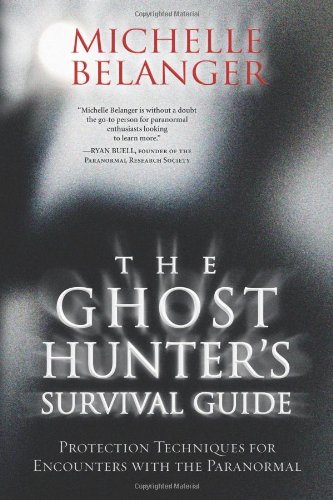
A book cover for The Ghost Hunter's Survival Guide: Protection Techniques for Encounters With The Paranormal; Michelle Belanger; Religion & Spirituality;